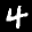
Label: 4